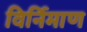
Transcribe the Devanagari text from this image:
विर्निमाण